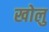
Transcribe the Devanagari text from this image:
खोलु